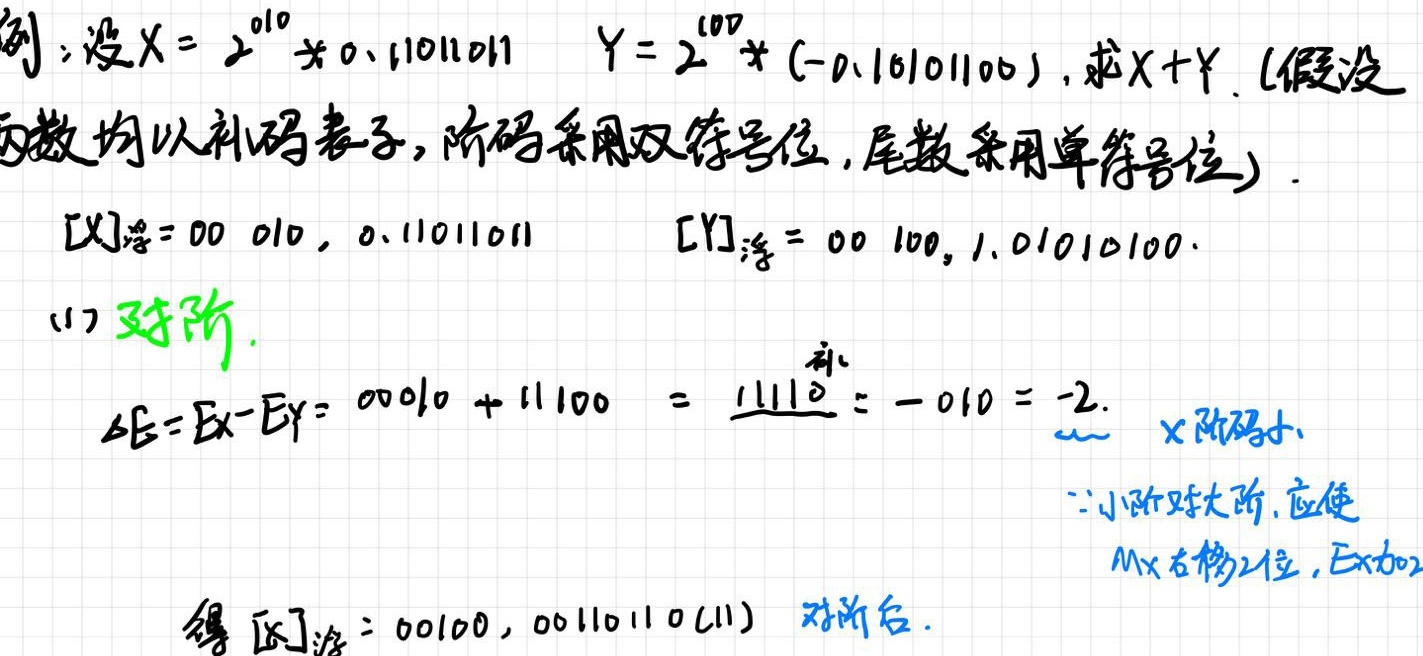
例：设$X = 2^{010} \times 0.11011011$，$Y = 2^{100} \times (-0.10101100)$，求$X + Y$.（假设两数均以补码表示，阶码采用双符号位，尾数采用单符号位）.

$[X]_{浮}=00\ 010,0.11011011$，$[Y]_{浮}=00\ 100,1.01010100$.

(1) 对阶.

$\Delta E = E_X - E_Y = 00010 + 11100 = \underline{11110} = -010 = -2$. $X$阶码小.

$\because$小阶对大阶，应使$M_X$右移2位，$E_X$加2

得$[X]_{浮}=00100,00110110(11)$ 对阶后.